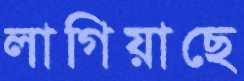
লাগিয়াছে